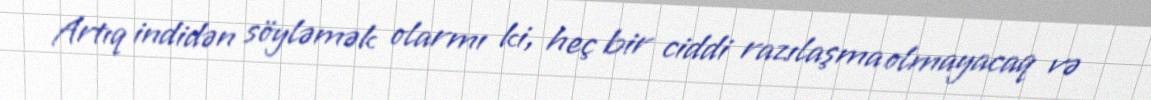
Artıq indidən söyləmək olarmı ki, heç bir ciddi razılaşma olmayacaq və